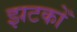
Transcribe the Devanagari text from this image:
झटकोँ